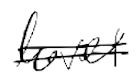
Text: level
Cross-out: double-line
Writing tool: digital_black